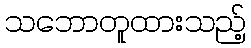
သဘောတူထားသည့်